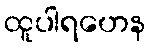
ထူပါရဟေန